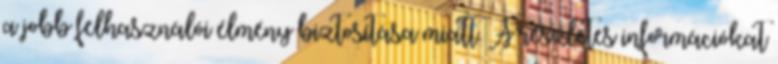
a jobb felhasználói élmény biztosítása miatt. A részletes információkat